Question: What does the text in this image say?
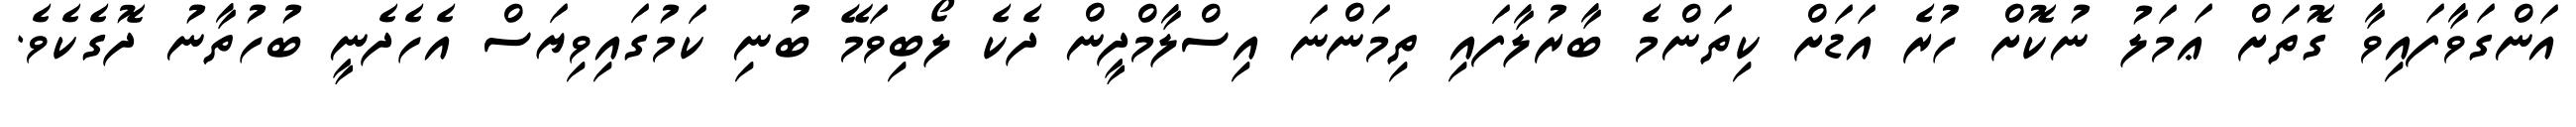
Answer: އަންގަވާފައިވާ ގޮތަށް ޢަމަލު ނުކޮށް ހުރެ އަޑަށް ކިތަންމެ ބާރުލާފައި ތިމަންނަ އިސްލާމްދީން ދެކެ ލޯބިވަމޭ ބުނި ކަމުގައިވިޔަސް އެހެދެނީ ބުހުތާނު ދޮގެކެވެ.